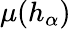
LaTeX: \mu(h_{\alpha})